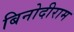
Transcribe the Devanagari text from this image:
बिनोदीराम